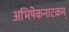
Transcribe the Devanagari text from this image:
अभिषेकनाटकम्